Report on lock hospitals in British Burma
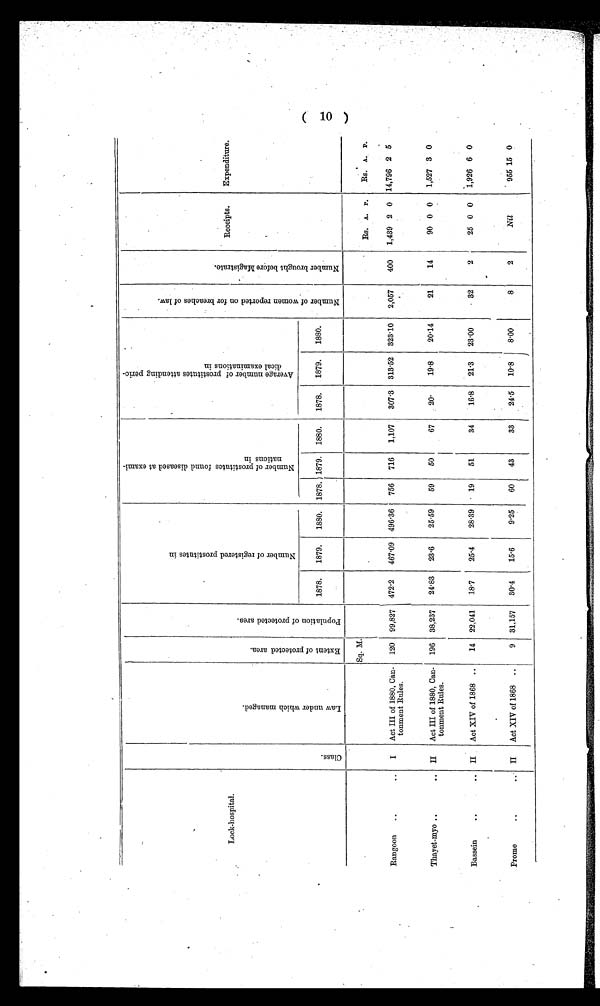
Lock-hospital.
.
.
C l a s s .
L a w u n d e r w h i c h m a n a g e d .
E x t e n t o f p r o t e c t e d a r e a .
P o p u l a t i o n o f p r o t e c t e d a r e a .
N u m b e r o f r e g i s t e r e d p r o s t i t u t e s i n
N u m b e r o f p r o s t i t u t e s f o u n d d i s e a s e d a t e x a m i -
n a t i o n s i n
A v e r a g e n u m b e r o f p r o s t i t u t e s a t t e n d i n g p e r i o -
d i c a l e x a m i n a t i o n s i n
N u m b e r o f w o m e n r e p o r t e d o n f o r b r e a c h e s o f l a w .
N u m b e r b r o u g h t b e f o r e m a g i s t r a t e .
Receipts.
E x p e n d i t u r e .
1878.
1879.
1880. 1878. 1879. 1880.
1878.
1879.
1880
Sq. M.
.
Rs. A. P.
Rs. A. P.
Rangoon
..
..
I Act III of 1880, Can-
tonment Rules.
120 99,827 472.2
467.09 496.36
756
716
1,107
307.3 313.52 323.10
2,057
400
1,439 2 0 14,796 2 5
Thayet-myo ..
..
II
Act III of 1880, Can-
tonment Rules.
196 38,237
24.83
23.6
25.59
59
50
67
20.
19.8
20.14
21
14
90 0 0
1,527 3 0
Bassein
..
..
II
Act XIV of 1868 ..
14 22,041
18.7
25.4
28.39
19
51
34
16.8
21.3
23.00
32
2
.
25 0 0
1,926 6 0
Prome
..
II
Act XIV of 1868 ..
9 31,157
30.4
15.6
9.25
60
43
33
24.5
10.8
8.00
8
2
Nil
955 15 0
(10)